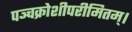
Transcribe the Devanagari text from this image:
पञ्चक्रोशीपरीमितम्।